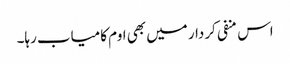
اس منفی کردار میں بھی اوم کامیاب رہا۔